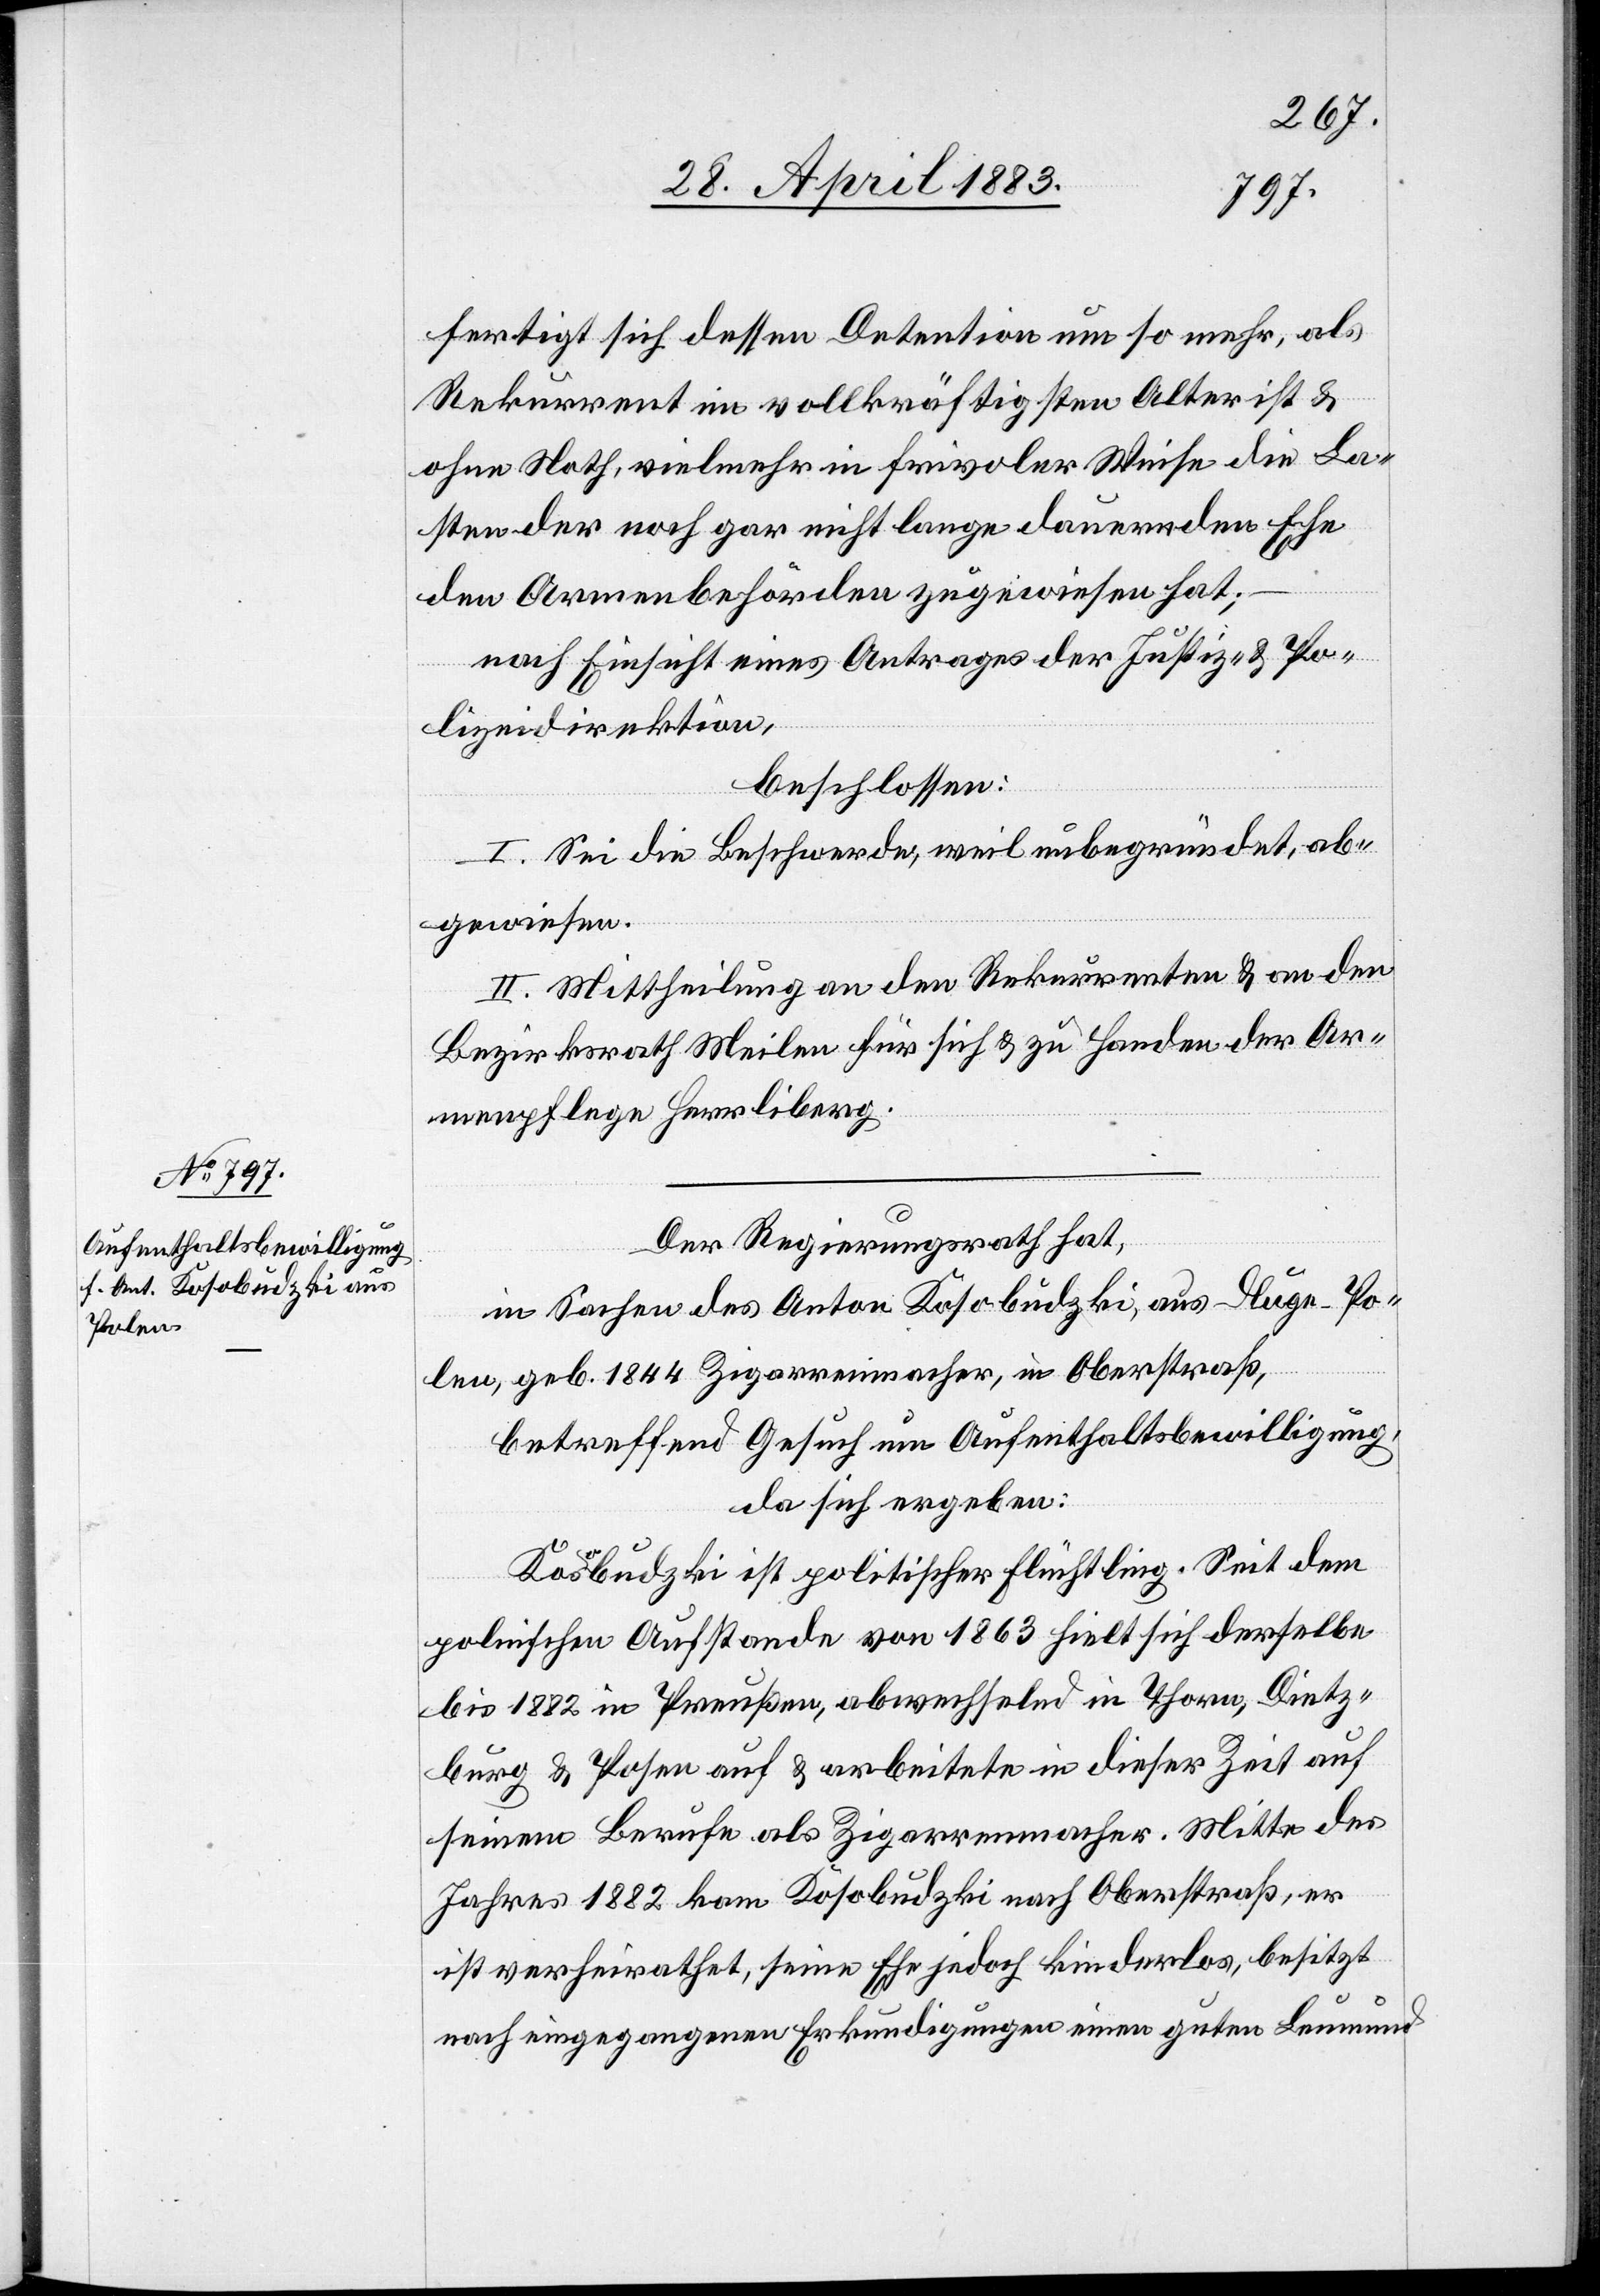
fertigt sich dessen Detention um so mehr, als
Rekurrent im vollkräftigsten Alter ist &
ohne Noth, vielmehr in frivoler Weise die La¬
sten der noch gar nicht lange dauernden Ehe
den Armenbehörden zugewiesen hat;
nach Einsicht eines Antrages der Justiz- & Po¬
lizeidirektion,
beschlossen:
I. Sei die Beschwerde, weil unbegründet, ab¬
gewiesen.
II. Mittheilung an den Rekurrenten & an den
Bezirksrath Meilen für sich & zu Handen der Ar¬
menpflege Herrliberg.
Der Regierungsrath hat,
in Sachen des Anton Kosobudzki, aus Dluge - Po¬
len, geb. 1844 Zigarrenmacher, in Oberstraß,
betreffend Gesuch um Aufenthaltsbewilligung,
da sich ergeben:
Kosobudzki ist politischer Flüchtling. Seit dem
polnischen Aufstande von 1863 hielt sich derselbe
bis 1882 in Preußen, abwechselnd in Thorn, Dietz¬
burg & Posen auf & arbeitete in dieser Zeit auf
seinem Berufe als Zigarrenmacher. Mitte des
Jahres 1882 kam Kosobudzki nach Oberstraß, er
ist verheirathet, seine Ehe jedoch kinderlos, besitzt
nach eingegangenen Erkundigungen einen guten Leumund